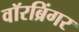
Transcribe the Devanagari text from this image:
वॉरब्रिंगर